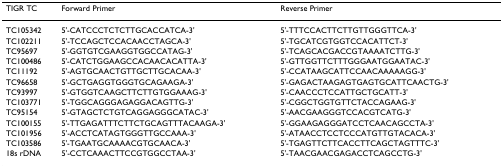
| TIGR TC | Forward Primer | Reverse Primer |
 | --- | --- | --- |
 | TC105342 | 5'-CATCCCTCTCTTGCACCATCA-3' | 5'-TTTCCACTTCTTGTTGGGTTCA-3' |
 | TC102211 | 5'-TCCAGCTCCACAACCTAGCA-3' | 5'-TGCATCGTGGTCCACATTCT-3' |
 | TC95697 | 5'-GGTGTCGAAGGTGGCCATAG-3' | 5'-TCAGCACGACCGTAAAATCTTG-3' |
 | TC100486 | 5'-CATCTGGAAGCCACAACACATTA-3' | 5'-GTTGGTTCTTTGGGAATGGAATAC-3' |
 | TC11192 | 5'-AGTGCAACTGTTGCTTGCACAA-3' | 5'-CCATAAGCATTCCAACAAAAAGG-3' |
 | TC96658 | 5'-GCTGAGGTGGGTGCAGAAGA-3' | 5'-GAGACTAAGAGTGAGTGCATTCAACTG-3' |
 | TC93997 | 5'-GTGGTCAAGCTTCTTGTGGAAAG-3' | 5'-CAACCCTCCATTGCTGCATT-3' |
 | TC103771 | 5'-TGGCAGGGAGAGGACAGTTG-3' | 5'-CGGCTGGTGTTCTACCAGAAG-3' |
 | TC95154 | 5'-GTAGCTCTGTCAGGAGGGCATAC-3' | 5'-AACGAAGGGTCCACGTCATG-3' |
 | TC100155 | 5'-TTGAGATTTCTTCTGCAGTTTACAAGA-3' | 5'-GGAAGAGGGATCCTCAACAGCCTA-3' |
 | TC101956 | 5'-ACCTCATAGTGGGTTGCCAAA-3' | 5'-ATAACCTCCTCCCATGTTGTACACA-3' |
 | TC103586 | 5'-TGAATGCAAAACGTGCAACA-3' | 5'-TGAGTTCTTCACCTTCAGCTAGTTTC-3' |
 | 18s rDNA | 5'-CCTCAAACTTCCGTGGCCTAA-3' | 5'-TAACGAACGAGACCTCAGCCTG-3' |